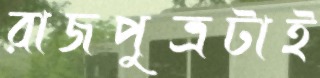
রাজপুত্রটাই